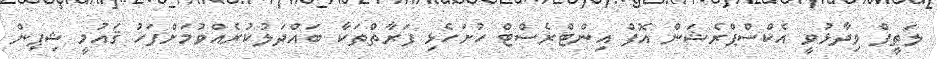
ލަތީފް ވިދާޅުވީ އެކްސްޕްރެޝަން އޮފް އިންޓްރެސްޓް ހުށަހެޅި ފަރާތްތަކާ ބައްދަލުކުރެއްވުމަށްފަހު ޤައުމީ ޝިޕިން